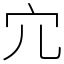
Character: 宂